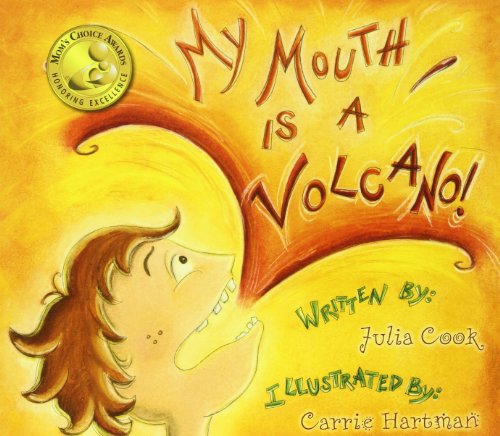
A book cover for My Mouth Is a Volcano!; Julia Cook; Reference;